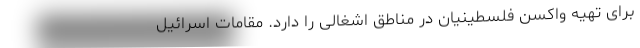
برای تهیه واکسن فلسطینیان در مناطق اشغالی را دارد. مقامات اسرائیل